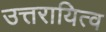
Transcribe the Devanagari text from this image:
उत्तरायित्व